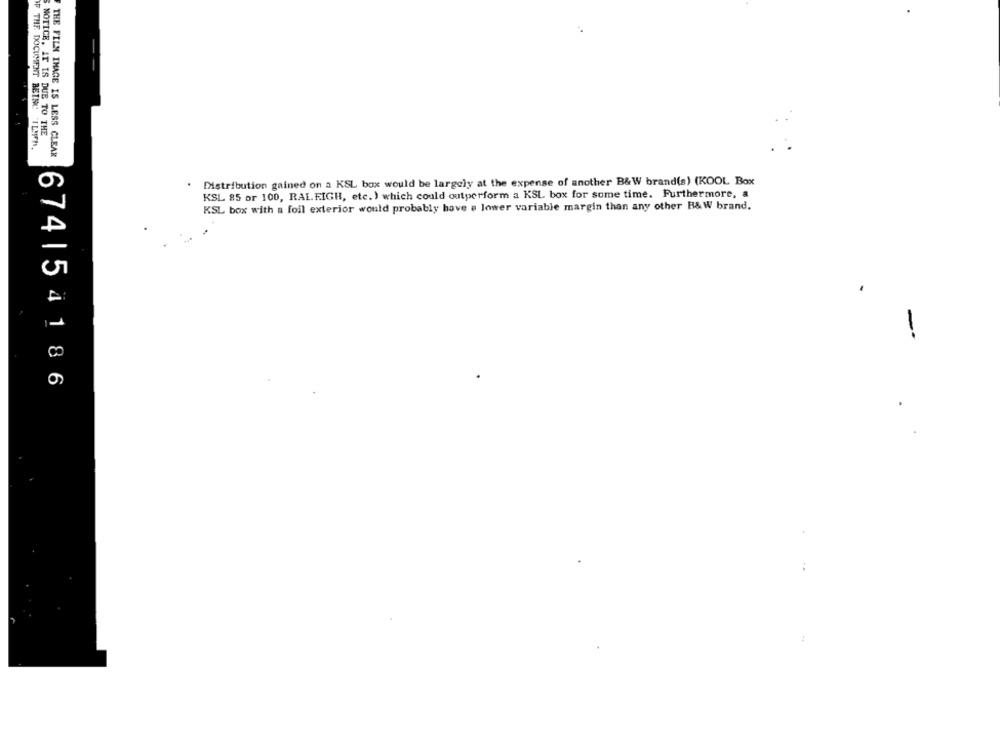
NOTICE. IT IS DUE TO THE
IF THE DOCUMENT BEINC ILIM.
THE FILM IMAGE IS LESS CLEAR
Distribution gained on a KSL box would be largely at the expense of another B&W brand(s) (KOOL Box
KSL 85 or 100, RALEIGH, etc. ) which could outperform a KSL box for some time. Furthermore, a
KSL box with a foil exterior would probably have a lower variable margin than any other B&W brand.
.
-
674| 541 86